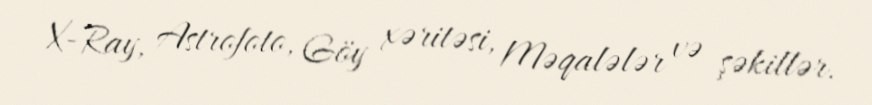
X-Ray, Astrofoto, Göy xəritəsi, Məqalələr və şəkillər.